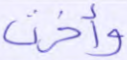
وأخرت